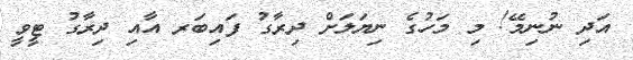
އަދި ނުނިމޭ! މި މަހުގެ ނިޔަލަށް ދިރާގު ފައިބަރ އާއި ދިރާގު ޓީވީ